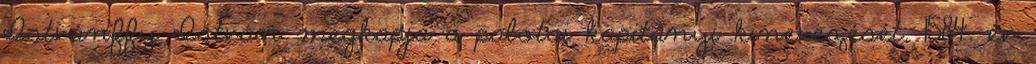
Istvánffy István megkapja a palotai kapitányi kinevezését. 1584. év